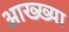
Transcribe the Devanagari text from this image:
आख्‍ख्या